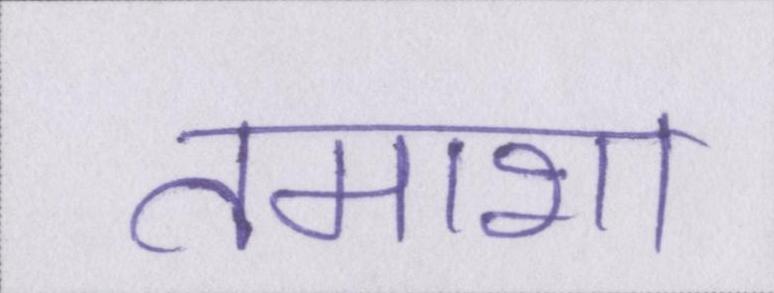
तमाशा